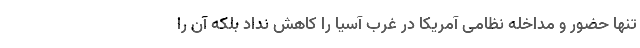
تنها حضور و مداخله نظامی آمریکا در غرب آسیا را کاهش نداد بلکه آن را